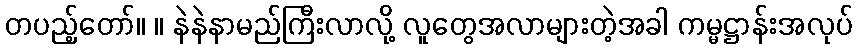
တပည့်တော်။ ။ နဲနဲနာမည်ကြီးလာလို့ လူတွေအလာများတဲ့အခါ ကမ္မဋ္ဌာန်းအလုပ်